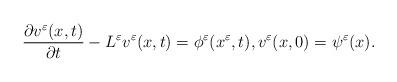
LaTeX: \begin{align*}\frac{\partial v^{\varepsilon}(x,t)}{\partial t} - L^{\varepsilon} v^{\varepsilon}(x,t) = \phi^\varepsilon(x^\varepsilon,t), v^{\varepsilon}(x,0) = \psi^\varepsilon(x).\end{align*}